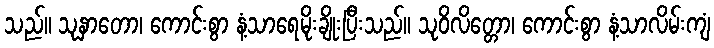
သည်။ သုနှာတော၊ ကောင်းစွာ နံ့သာရေမိုးချိုးပြီးသည်။ သုဝိလိတ္တော၊ ကောင်းစွာ နံ့သာလိမ်းကျံ